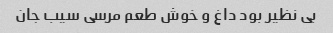
بی نظیر بود داغ و خوش طعم مرسی سیب جان